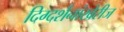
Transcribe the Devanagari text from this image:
दिग्दर्शनांखेरीज